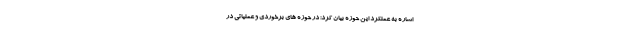
اشاره به عملکرد این حوزه بیان کرد: در حوزه های برخوردی و عملیاتی در